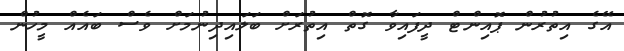
އޭގެ އިތުރުން ޕޮއިންޓް ދީފައިވާ ގޮތް އިތުރަށް ބަލައިދިނުމަށް ވެސް ބައެއް މީހުން